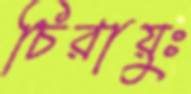
চিরায়ুঃ